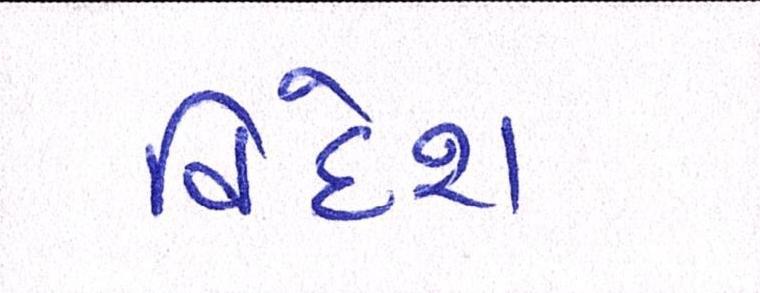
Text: વિદેશ